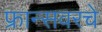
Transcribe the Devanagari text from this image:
फ्रान्सवरचे